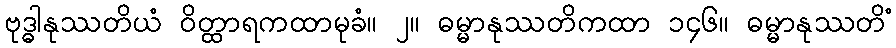
ဗုဒ္ဓါနုဿတိယံ ဝိတ္ထာရကထာမုခံ။ ၂။ ဓမ္မာနုဿတိကထာ ၁၄၆။ ဓမ္မာနုဿတိံ